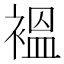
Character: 褞